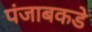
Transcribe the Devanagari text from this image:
पंजाबकडे